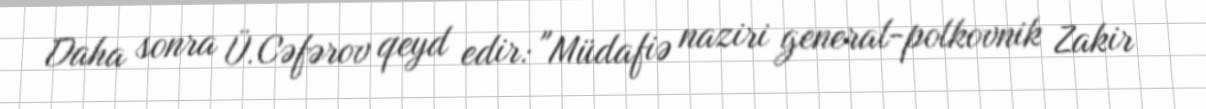
Daha sonra Ü.Cəfərov qeyd edir: "Müdafiə naziri general-polkovnik Zakir